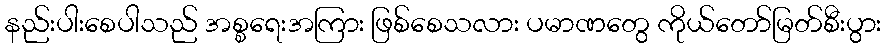
နည်းပါးစေပါသည် အစ္စရေးအကြား ဖြစ်စေသလား ပမာဏတွေ ကိုယ်တော်မြတ်စီးပွား